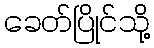
ခေတ်ပြိုင်သို့